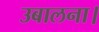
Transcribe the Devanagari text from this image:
उबालना।